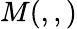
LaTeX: M(,,)